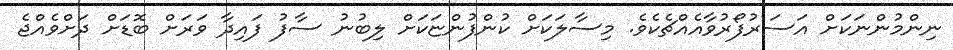
ނިންމުންނަކަށް އަސަރުފޯރުވާއެއްޗެކެވެ. މިސާލަކަށް ކުންފުންޏަކަށް ލިބުނު ސާފު ފައިދާ ވަރަށް ބޮޑަށް ދަށްވެއްޖެ